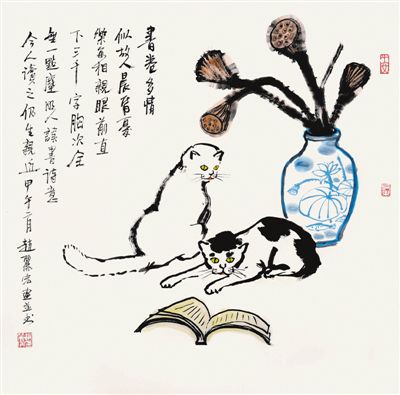
算阴晴，浑似几番，渭城故人离会。